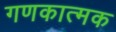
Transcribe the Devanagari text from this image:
गणकात्मक